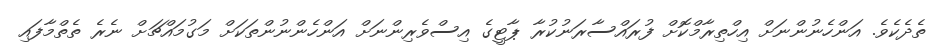
ތެދެކެވެ. އަންހެނުންނަށް އިހްތިރާމްކޮށް ފުރައްސާރަނުކުރާ ޕާޓީގެ އިސްވެރިންނަށް އަންހެންނުންތަކަށް މަގުމައްޗަށް ނެރެ ތެތްމާފައި